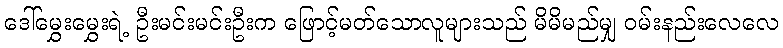
ဒေါ်မွှေးမွှေးရဲ့ ဦးမင်းမင်းဦးက ဖြောင့်မတ်သောလူများသည် မိမိမည်မျှ ဝမ်းနည်းလေလေ